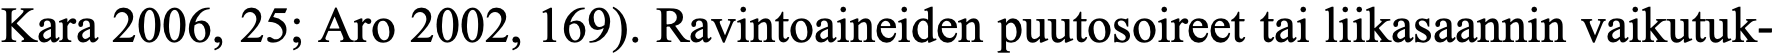
Kara 2006, 25; Aro 2002, 169). Ravintoaineiden puutosoireet tai liikasaannin vaikutuk-